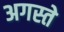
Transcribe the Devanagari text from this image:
अगस्ते